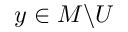
y \in M \backslash U